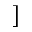
]